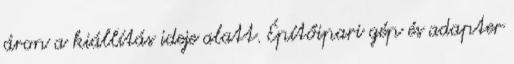
áron a kiállítás ideje alatt. Építőipari gép és adapter